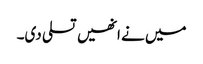
میں نے انھیں تسلی دی۔